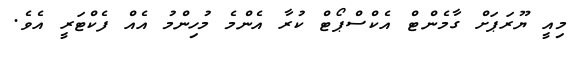
މިއީ ޔޫރަޕަށް ގާމެންޓް އެކްސްޕޯޓް ކުރާ އެންމެ މުހިންމު އެއް ފެކްޓަރީ އެވެ.